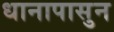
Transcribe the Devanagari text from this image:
धानापासुन